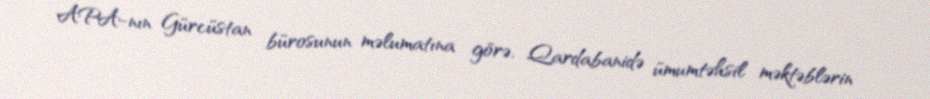
APA-nın Gürcüstan bürosunun məlumatına görə, Qardabanidə ümumtəhsil məktəblərin